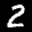
Label: 2